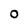
Character: 0